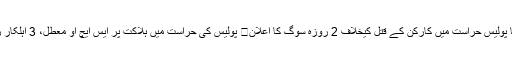
ایم کیو ایم کا پولیس حراست میں کارکن کے قتل کیخلاف 2 روزہ سوگ کا اعلان	 پولیس کی حراست میں ہلاکت پر ایس ایچ او معطل، 3 اہلکار زیر حراست